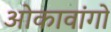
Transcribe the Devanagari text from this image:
ओकावांगो